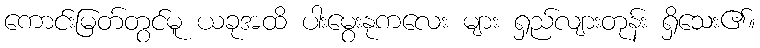
ကောင်းမြတ်တွင်မူ ယခုအထိ ပါးမွေးနုကလေး များ ရှည်လျားတုန်း ရှိသေး၏။